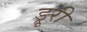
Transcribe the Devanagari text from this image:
ड्रूरी